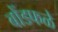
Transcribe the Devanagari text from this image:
बोंडफळे